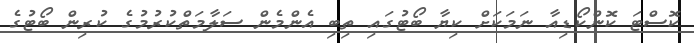
ކޮސްޓަ ކޮންކޯޑިއާ ނަމަކަށް ކިޔާ ބޯޓުގައި ތިބި އެންމެން ސަލާމަތްކުރުމުގެ ކުރިން ބޯޓުގެ